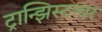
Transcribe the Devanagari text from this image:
ट्रान्झिस्टरवर